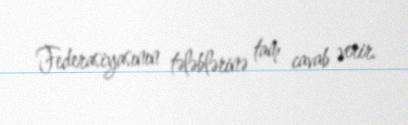
Federasiyasının tələblərinə tam cavab verir.